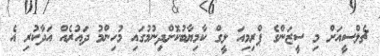
ޗެލްސީއަށް މި ސީޒަންގެ ޕްރިމިއަ ލީގް ކާމިޔާބުކޮށްދިނުމުގައި މުހިންމު ދައުރެއް އަދާކުރި އެ